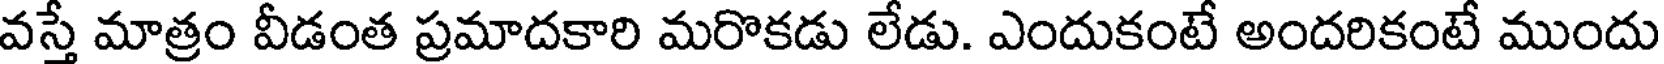
వస్తే మాత్రం వీడంత ప్రమాదకారి మరొకడు లేడు. ఎందుకంటే అందరికంటే ముందు